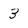
Character: 3